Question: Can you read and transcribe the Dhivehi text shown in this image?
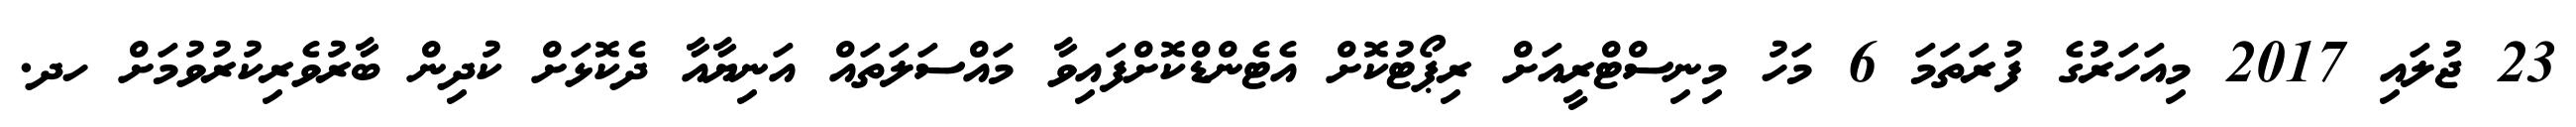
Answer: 23 ޖުލައި 2017 މިއަހަރުގެ ފުރަތަމަ 6 މަހު މިނިސްޓްރީއަށް ރިޕޯޓުކޮށް އެޓެންޑްކޮށްފައިވާ މައްސަލަތައް އަނިޔާއާ ދެކޮޅަށް ކުދިން ބާރުވެރިކުރުވުމަށް ހދ.